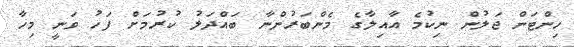
ހިންޓަން ޖަލުން ނިކުމެ އާއިލާގެ މެންބަރުންނާ ބައްދަލު ކުރުމަށް ފަހު ވަނީ މިހާ